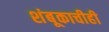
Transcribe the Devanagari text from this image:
शंबूकाचीही